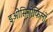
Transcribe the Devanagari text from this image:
इओसिनोफिलों